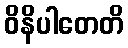
ဝိနိပါတေတိ